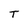
Character: T